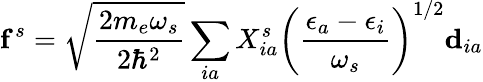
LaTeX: \mathbf{f}^{s}=\sqrt{\frac{2m_{e}\omega_{s}}{2\hbar^{2}}}\sum_{ia}X_{ia}^{s}\left(\frac{\epsilon_{a}-\epsilon_{i}}{\omega_{s}}\right)^{1/2}\mathbf{d}_{ia}